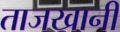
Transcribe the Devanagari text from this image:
ताजखानी